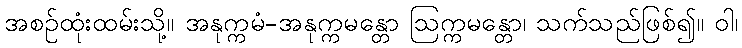
အစဉ်ထုံးထမ်းသို့။ အနုက္ကမံ-အနုက္ကမန္တော ဩက္ကမန္တော၊ သက်သည်ဖြစ်၍။ ဝါ၊